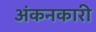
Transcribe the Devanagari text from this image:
अंकनकारी